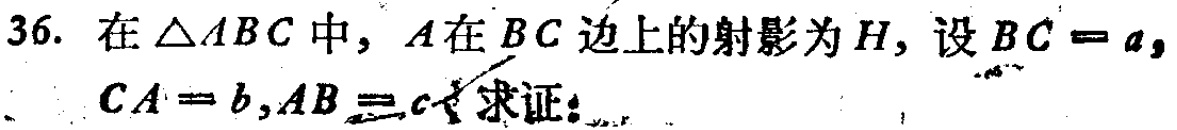
36. 在\(\triangle ABC\)中，\(A\)在\(BC\)边上的射影为\(H\)，设\(BC = a\)，\(CA = b\)，\(AB = c\)。求证：